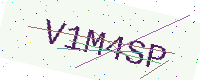
Text: V1M4SP